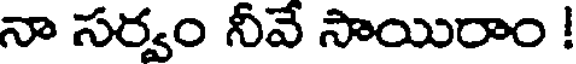
నా సర్వం నీవే సాయిరాం !